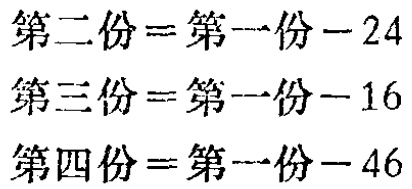
第二份=第一份-24
第三份=第一份-16
第四份=第一份-46